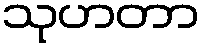
သုဟတာ